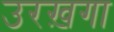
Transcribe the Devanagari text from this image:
उरख़गा